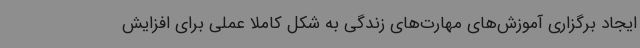
ایجاد برگزاری آموزش‌های مهارت‌های زندگی به شکل کاملا عملی برای افزایش